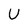
Character: U